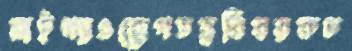
রাইখ্যাওরোগতত্ত্ববিষয়কচ